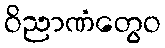
ဝိညာဏံတွေဝ